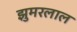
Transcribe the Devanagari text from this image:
झुमरलाल